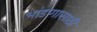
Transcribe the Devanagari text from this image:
भांडणासाठी